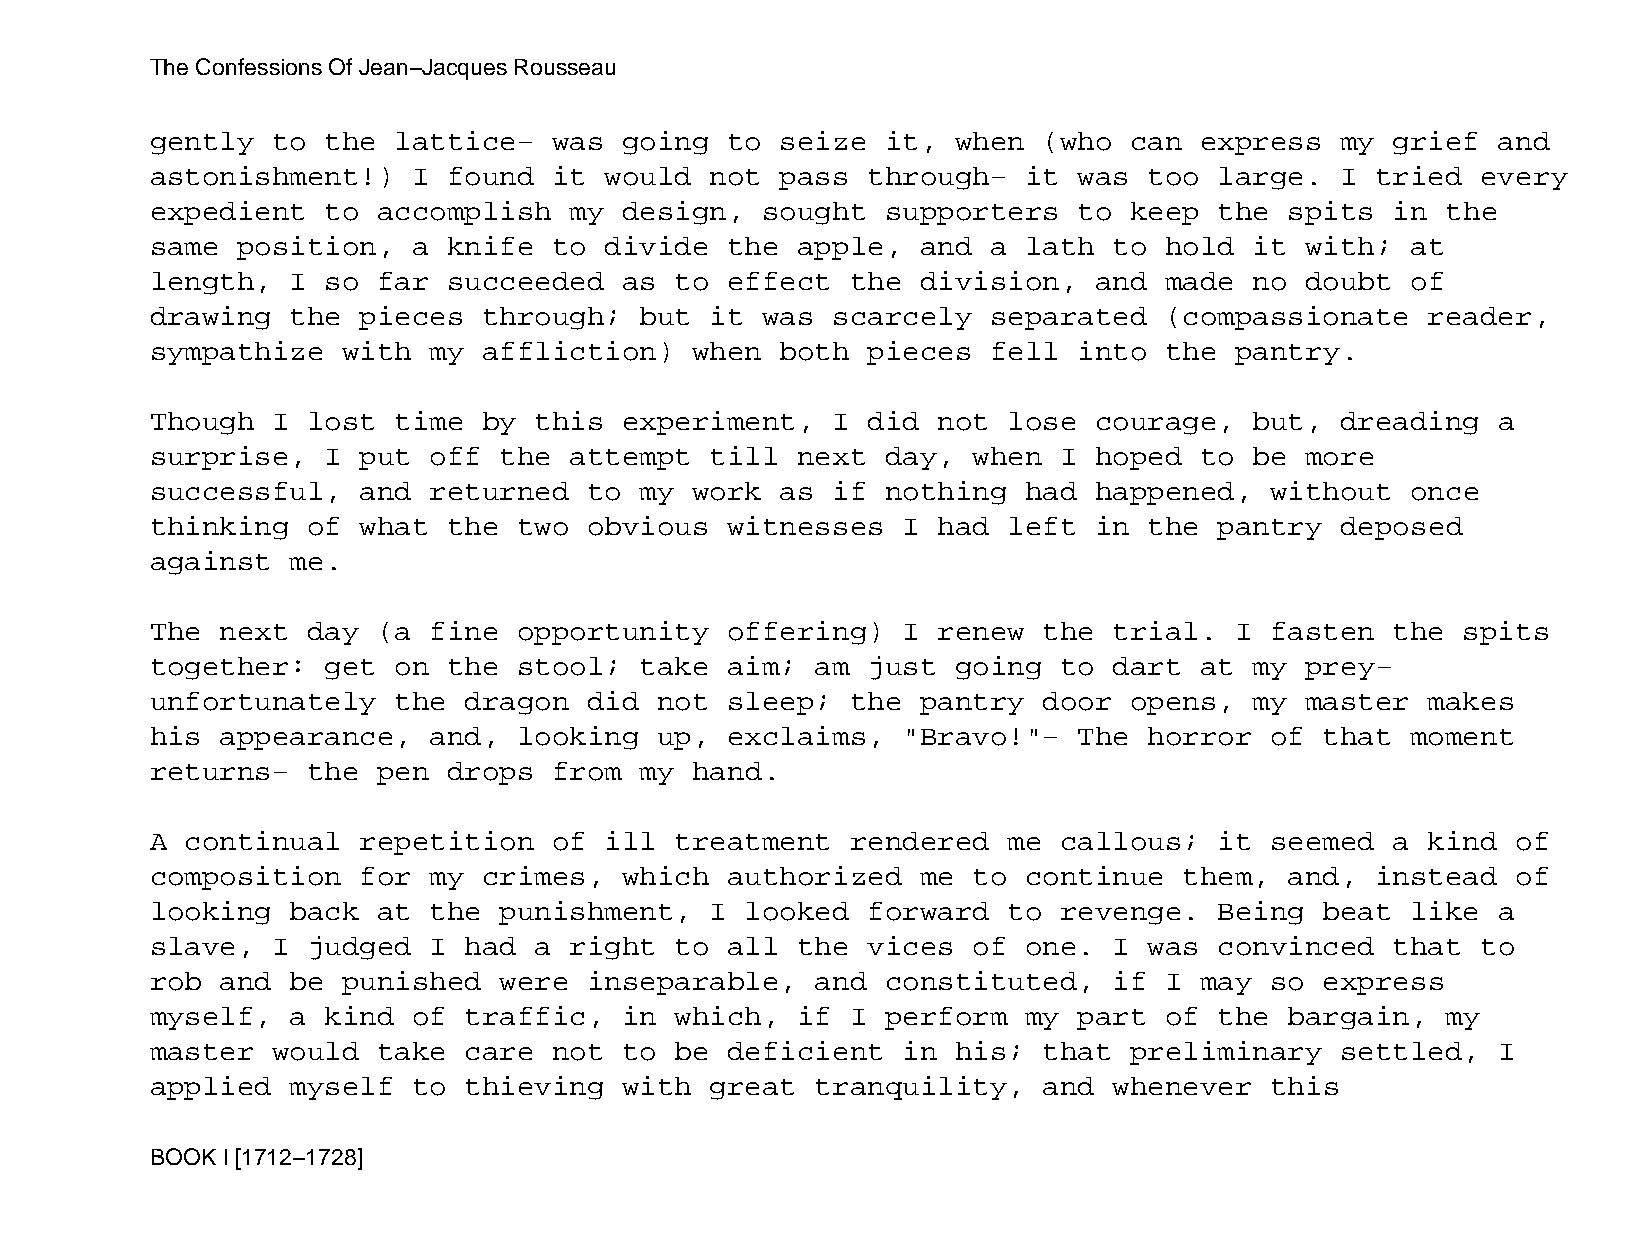
The Confessions Of Jean−Jacques Rousseau
 gently  to  the lattice−   was going  to  seize  it, when  (who  can express   my grief  and
 astonishment!)   I  found  it would  not  pass through−   it was  too  large.  I tried  every
 expedient   to accomplish   my design,  sought   supporters  to  keep  the spits  in  the
 same  position,  a  knife  to divide  the  apple,  and  a lath  to hold  it with;  at
 length,  I  so far  succeeded  as  to effect  the  division,  and  made  no doubt  of
 drawing  the  pieces  through;  but  it was  scarcely   separated  (compassionate    reader,
 sympathize   with my  affliction)   when  both pieces   fell into  the  pantry.
 Though  I lost  time  by this  experiment,   I did  not  lose courage,   but,  dreading  a
 surprise,   I put off  the  attempt  till  next  day, when  I hoped  to  be more
 successful,   and returned   to my  work  as if  nothing  had happened,   without  once
 thinking  of  what  the two  obvious  witnesses   I had  left in  the  pantry  deposed
 against  me.
 The  next day  (a fine  opportunity   offering)   I renew  the  trial.  I fasten  the  spits
 together:   get on  the stool;  take  aim;  am just  going  to  dart at  my prey−
 unfortunately   the  dragon  did  not sleep;  the  pantry  door  opens,  my master   makes
 his  appearance,  and,  looking   up, exclaims,   "Bravo!"−  The  horror  of  that moment
 returns−  the  pen  drops  from my  hand.
 A continual   repetition   of ill  treatment  rendered   me callous;   it seemed  a  kind of
 composition   for my  crimes,  which  authorized   me to  continue  them,  and,  instead  of
 looking  back  at the  punishment,   I looked  forward   to revenge.   Being  beat like  a
 slave,  I judged  I  had a  right  to all  the vices  of  one.  I was  convinced  that  to
 rob  and be  punished  were  inseparable,   and  constituted,   if I may  so  express
 myself,  a  kind of  traffic,  in  which,  if I  perform  my part  of  the bargain,   my
 master  would  take  care  not to  be deficient   in his;  that  preliminary   settled,  I
 applied  myself  to  thieving  with  great  tranquility,   and  whenever  this
 BOOK I [1712−1728]